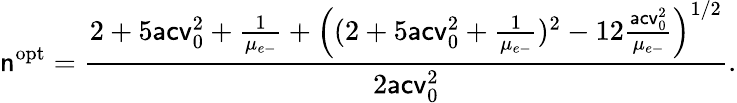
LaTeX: \mathsf{n}^{\mathrm{{opt}}}=\frac{{2+5\mathsf{{acv}}_{0}^{2}+\frac{{1}}{{\mu_{e\mathrm{{-}}}}}+\left((2+5\mathsf{{acv}}_{0}^{2}+\frac{{1}}{{\mu_{e\mathrm{{-}}}}})^{2}-12\frac{{\mathsf{{acv}}_{0}^{2}}}{{\mu_{e\mathrm{{-}}}}}\right)^{1/2}}}{{2\mathsf{{acv}}_{0}^{2}}}.